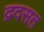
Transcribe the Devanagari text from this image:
द्रदसत